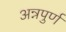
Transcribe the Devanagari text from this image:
अन्नपुर्ण